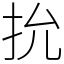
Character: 抁